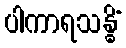
ပါကာရသန္ဓိံ